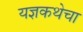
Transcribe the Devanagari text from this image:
यज्ञकथेचा